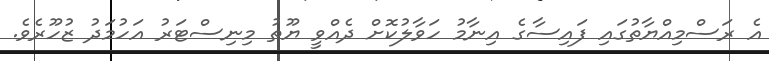
އެ ރަސްމިއްޔާތުގައި ފައިސާގެ އިނާމު ހަވާލުކޮށް ދެއްވީ ޔޫތު މިނިސްޓަރު އަހުމަދު ޒުހޫރެވެ.